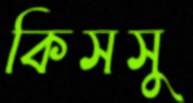
কিসসু